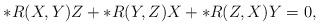
LaTeX: \begin{align*}\ast R(X,Y)Z + \ast R(Y,Z)X + \ast R(Z,X)Y =0,\end{align*}